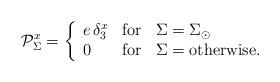
LaTeX: \begin{align*}\mathcal{P}^x_{\Sigma}= \left \{\begin{array}{lcl} e\,\delta^x_{3} & \mbox{for} & \Sigma= \Sigma_\odot \\ 0 & \mbox{for} & \Sigma= \mbox{otherwise.} \ \end{array} \right.\end{align*}